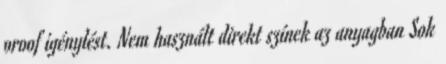
proof igénylést. Nem használt direkt színek az anyagban Sok